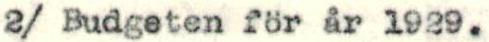
2/ Budgeten för år 1929.